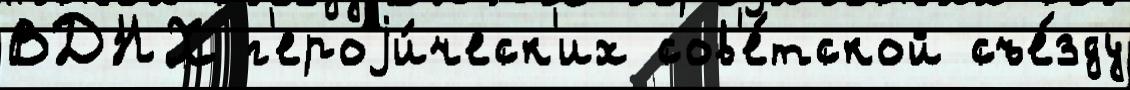
ВДНХ г'ероjи́ческ'их сов'е́тской съе́зду